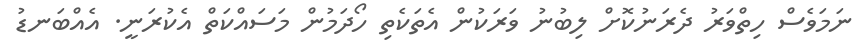
ނަމަވެސް ހިތްވަރު ދެރަނުކޮށް ލިބުނު ވަރަކުން އެތަކެތި ހޯދަމުން މަސައްކަތް އެކުރަނީ. އެއްބަނޑު